Lunatic asylums Punjab 1881-1894 - 1881-1894
Year: 1881
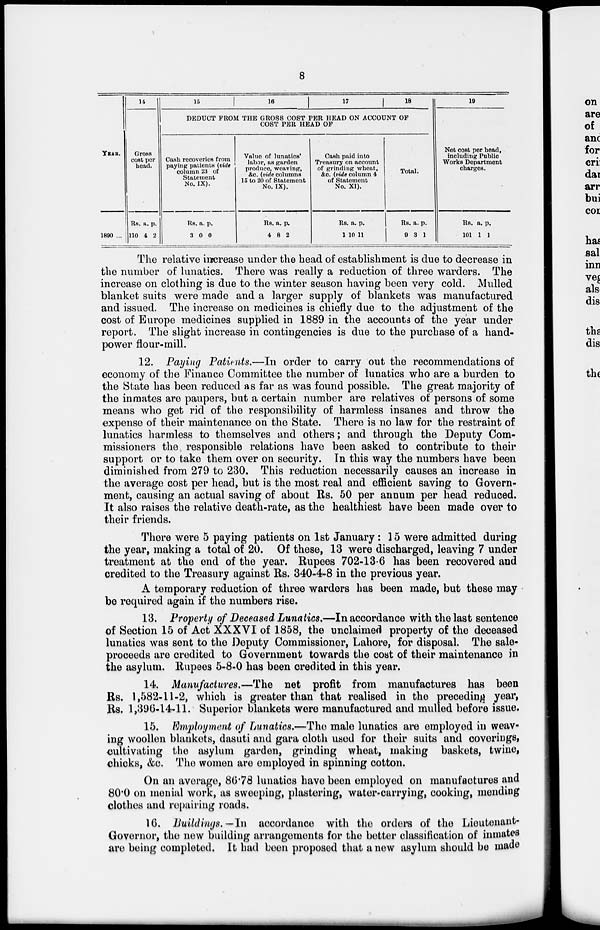
8
YEAR.
1890 ...
14
Gross
cost per
head.
Rs.
110
a.
4
p.
2
15
16
17
18
DEDUCT FROM THE GROSS COST PER HEAD ON ACCOUNT OF
COST PER HEAD OF
Cash recoveries from
paying patients (vide
column 23 of
Statement
No. IX).
Rs.
3
a.
0
p.
0
Value of lunatics'
labor, as garden
produce, weaving,
&c. (vide columns
15 to 20 of Statement
No. IX).
Rs.
4
a.
8
p.
2
Cash paid into
Treasury on account
of grinding wheat,
&c. (vide column 4
of Statement
No. XI).
Rs.
1
a.
10
p.
11
Total.
Rs.
9
a.
3
p.
1
19
Net cost per head,
including Public
Works Department
charges.
Rs.
101
a.
1
p.
1
The relative increase under the head of establishment is due to decrease in
the number of lunatics. There was really a reduction of three warders. The
increase on clothing is due to the winter season having been very cold. Mulled
blanket suits were made and a larger supply of blankets was manufactured
and issued. The increase on medicines is chiefly due to the adjustment of the
cost of Europe medicines supplied in 1889 in the accounts of the year under
report. The slight increase in contingencies is due to the purchase of a hand-
power flour-mill.
12. Paying Patients.—In order to carry out the recommendations of
economy of the Finance Committee the number of lunatics who are a burden to
the State has been reduced as far as was found possible. The great majority of
the inmates are paupers, but a certain number are relatives of persons of some
means who get rid of the responsibility of harmless insanes and throw the
expense of their maintenance on the State. There is no law for the restraint of
lunatics harmless to themselves and others; and through the Deputy Com-
missioners the responsible relations have been asked to contribute to their
support or to take them over on security. In this way the numbers have been
diminished from 279 to 230. This reduction necessarily causes an increase in
the average cost per head, but is the most real and efficient saving to Govern-
ment, causing an actual saving of about Rs. 50 per annum per head reduced.
It also raises the relative death-rate, as the healthiest have been made over to
their friends.
There were 5 paying patients on 1st January : 15 were admitted during
the year, making a total of 20. Of these, 13 were discharged, leaving 7 under
treatment at the end of the year. Rupees 702-13-6 has been recovered and
credited to the Treasury against Rs. 340-4-8 in the previous year.
A temporary reduction of three warders has been made, but these may
be required again if the numbers rise.
13. Property of Deceased Lunatics.—In accordance with the last sentence
of Section 15 of Act XXXVI of 1858, the unclaimed property of the deceased
lunatics was sent to the Deputy Commissioner, Lahore, for disposal. The sale-
proceeds are credited to Government towards the cost of their maintenance in
the asylum. Rupees 5-8-0 has been credited in this year.
14. Manufactures.—The net profit from manufactures has been
Rs. 1,582-11-2, which is greater than that realised in the preceding year,
Rs. 1,396-14-11. Superior blankets were manufactured and mulled before issue.
15. Employment of Lunatics.—The male lunatics are employed in weav-
ing woollen blankets, dasuti and gara cloth used for their suits and coverings,
cultivating the asylum garden, grinding wheat, making baskets, twine,
chicks, &c. The women are employed in spinning cotton.
On an average , 86.78 lunatics have been employed on manufactures and
80.0 on menial work, as sweeping, plastering, water-carrying, cooking, mending
clothes and repairing roads.
16. Buildings.—In
accordance with the orders of the Lieutenant-
Governor, the new building arrangements for the better classification of inmates
are being completed. It had been proposed that a new asylum should be made